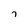
Character: i